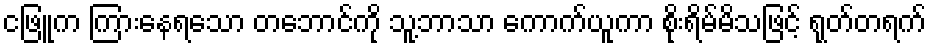
ငဖြူက ကြားနေရသော တဘောင်ကို သူ့ဘာသာ ကောက်ယူကာ စိုးရိမ်မိသဖြင့် ရုတ်တရက်